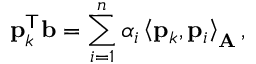
\mathbf { p } _ { k } ^ { \mathsf { T } } \mathbf { b } = \sum _ { i = 1 } ^ { n } \alpha _ { i } \left\langle \mathbf { p } _ { k } , \mathbf { p } _ { i } \right\rangle _ { \mathbf { A } } ,